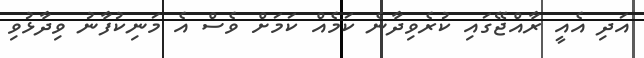
އަދި އެއީ ރާއްޖޭގައި ކުރެވިދާނެ ކަމެއް ކަމަށް ވެސް އެ މަނިކުފާނު ވިދާޅުވި